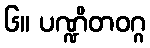
၆။ ပဏ္ဍိတဝဂ္ဂ